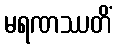
မရဏဿတိံ